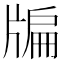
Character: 牑